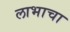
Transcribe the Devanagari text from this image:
लाभाचा